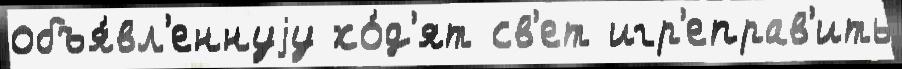
объя́вл'еннуjу хо́д'ят св'ет игр'еправ'ить